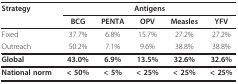
<table><thead><tr><td><b>Strategy</b></td><td colspan="5"><b>Antigens</b></td></tr><tr><td></td><td><b>BCG</b></td><td><b>PENTA</b></td><td><b>OPV</b></td><td><b>Measles</b></td><td><b>YFV</b></td></tr></thead><tbody><tr><td>Fixed</td><td>37.7%</td><td>6.8%</td><td>15.7%</td><td>27.2%</td><td>27.2%</td></tr><tr><td>Outreach</td><td>50.2%</td><td>7.1%</td><td>9.6%</td><td>38.8%</td><td>38.8%</td></tr><tr><td><b>Global</b></td><td><b>43.0%</b></td><td><b>6.9%</b></td><td><b>13.5%</b></td><td><b>32.6%</b></td><td><b>32.6%</b></td></tr><tr><td><b>National norm</b></td><td><b>&lt; 50%</b></td><td><b>&lt; 5%</b></td><td><b>&lt; 25%</b></td><td><b>&lt; 25%</b></td><td><b>&lt; 25%</b></td></tr></tbody></table>